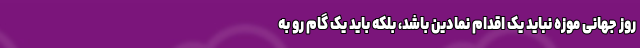
روز جهانی موزه نباید یک اقدام نمادین باشد، بلکه باید یک گام رو به